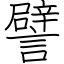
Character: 譬